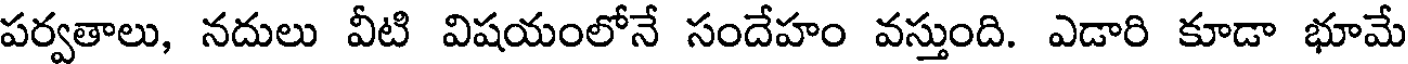
పర్వతాలు, నదులు వీటి విషయంలోనే సందేహం వస్తుంది. ఎడారి కూడా భూమే